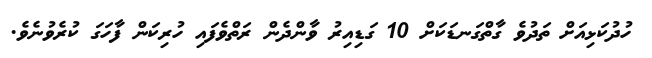
ހުދުކަޅިއަށް ތަދުވެ ގާތްގަނޑަކަށް 10 ގަޑިއިރު ވާންދެން ރަތްވެފައި ހުރިކަން ފާހަގަ ކުރެވުނެވެ.